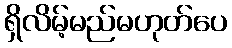
ရှိလိမ့်မည်မဟုတ်ပေ